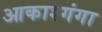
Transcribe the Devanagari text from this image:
आकाश्गंगा